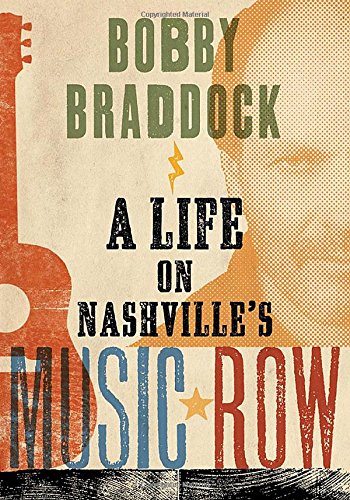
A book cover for Bobby Braddock: A Life on Nashville's Music Row (Co-published with the Country Music Foundation Press); Bobby Braddock; Humor & Entertainment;